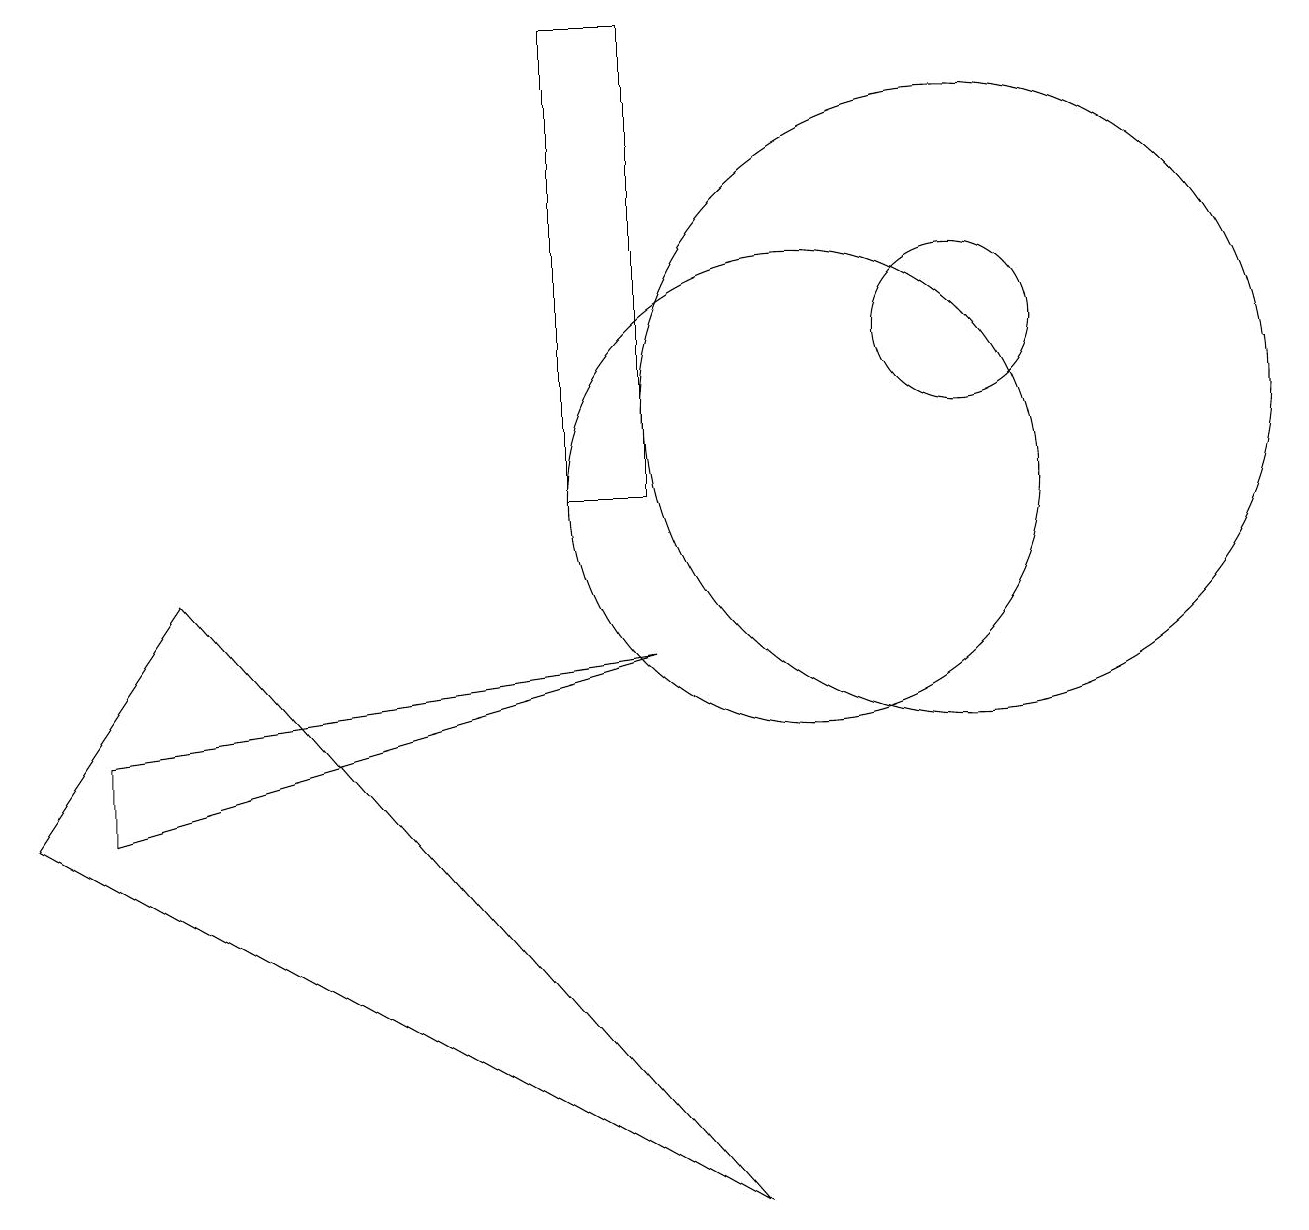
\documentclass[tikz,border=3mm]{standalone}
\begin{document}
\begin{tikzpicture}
\draw (10,10) circle (3);
\draw (0,6) -- (2,9) -- (9,1) -- cycle;
\draw (12,11) circle (4);
\draw (12,12) circle (1);
\draw (7,16) rectangle (8,10);
\draw (8,8) -- (1,6) -- (1,7) -- cycle;
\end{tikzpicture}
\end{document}